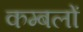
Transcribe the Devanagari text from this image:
कम्बलों